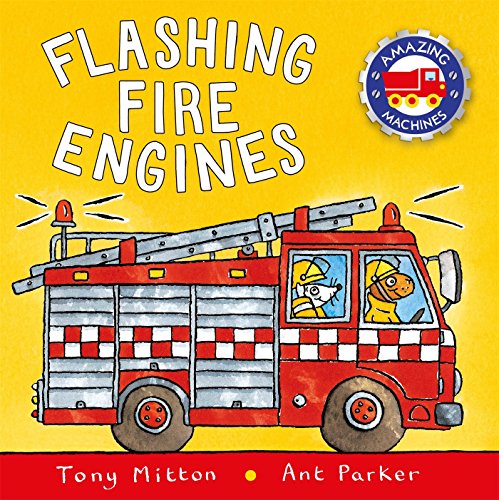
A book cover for Flashing Fire Engines (Amazing Machines); Tony Mitton; Children's Books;